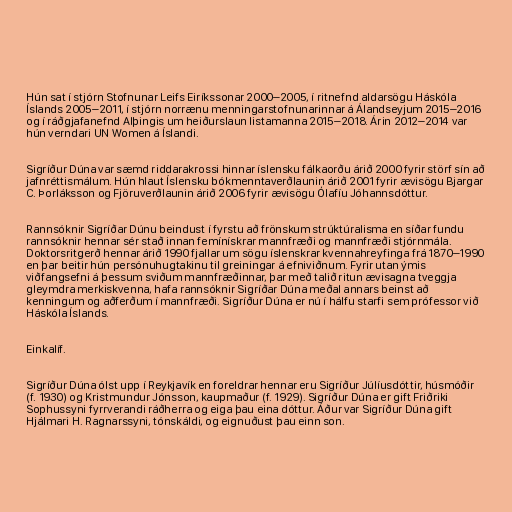
Hún sat í stjórn Stofnunar Leifs Eiríkssonar 2000–2005, í ritnefnd aldarsögu Háskóla
Íslands 2005–2011, í stjórn norrænu menningarstofnunarinnar á Álandseyjum 2015–2016
og í ráðgjafanefnd Alþingis um heiðurslaun listamanna 2015–2018. Árin 2012–2014 var
hún verndari UN Women á Íslandi.

Sigríður Dúna var sæmd riddarakrossi hinnar íslensku fálkaorðu árið 2000 fyrir störf sín að
jafnréttismálum. Hún hlaut Íslensku bókmenntaverðlaunin árið 2001 fyrir ævisögu Bjargar
C. Þorláksson og Fjöruverðlaunin árið 2006 fyrir ævisögu Ólafíu Jóhannsdóttur.

Rannsóknir Sigríðar Dúnu beindust í fyrstu að frönskum strúktúralisma en síðar fundu
rannsóknir hennar sér stað innan femínískrar mannfræði og mannfræði stjórnmála.
Doktorsritgerð hennar árið 1990 fjallar um sögu íslenskrar kvennahreyfinga frá 1870–1990
en þar beitir hún persónuhugtakinu til greiningar á efniviðnum. Fyrir utan ýmis
viðfangsefni á þessum sviðum mannfræðinnar, þar með talið ritun ævisagna tveggja
gleymdra merkiskvenna, hafa rannsóknir Sigríðar Dúna meðal annars beinst að
kenningum og aðferðum í mannfræði. Sigríður Dúna er nú í hálfu starfi sem prófessor við
Háskóla Íslands.

Einkalíf.

Sigríður Dúna ólst upp í Reykjavík en foreldrar hennar eru Sigríður Júlíusdóttir, húsmóðir
(f. 1930) og Kristmundur Jónsson, kaupmaður (f. 1929). Sigríður Dúna er gift Friðriki
Sophussyni fyrrverandi ráðherra og eiga þau eina dóttur. Áður var Sigríður Dúna gift
Hjálmari H. Ragnarssyni, tónskáldi, og eignuðust þau einn son.